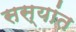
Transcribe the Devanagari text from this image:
सस्यांत